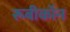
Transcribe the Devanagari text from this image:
रूबीकॉन